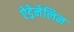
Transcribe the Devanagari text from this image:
ऐड्रेनेलिन